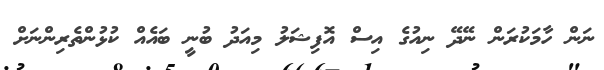
ނަން ހާމަކުރަން ނޭދޭ ނިއުގެ އިސް އޮފިޝަލު މިއަދު ބުނީ ބައެއް ކުޅުންތެރިންނަށް